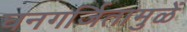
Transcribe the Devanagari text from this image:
घनगर्जितामुळें